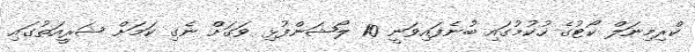
ކްރިމިނަލް ކޯޓުގެ ހުކުމުގައި ބުނެފައިވަނީ 10 ލޯޝަންފުޅި ވަގަށް ނެގި ކަމަށް ޝަރީއަތުގައި